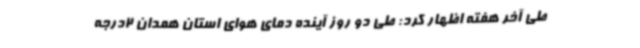
طی آخر هفته اظهار کرد: طی دو روز آینده دمای هوای استان همدان 2درجه